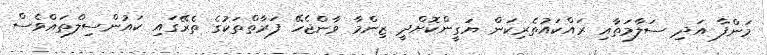
މަންފާ އަދި ސަލާމަތާއި ރައްކައުތެރިކަން ޔަގީންކޮށްދީ ޒިންމާ ވާންޖެހޭ ފަރާތްތަކުގެ ތެރޭގައި ކައުންސިލްތައްވެސް